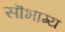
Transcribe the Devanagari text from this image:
सॊभाग्य